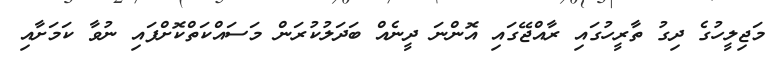
މަޖިލީހުގެ ދިގު ތާރީހުގައި ރާއްޖޭގައި އޮންނަ ދީނެއް ބަދަލުކުރަން މަސައްކަތްކޮށްފައި ނުވާ ކަމަށާއި